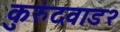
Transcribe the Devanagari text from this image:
कुरुंदवाड२